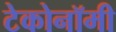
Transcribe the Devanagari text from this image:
टेकोनॉमी